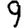
Digit: 9